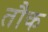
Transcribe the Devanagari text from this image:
तौक